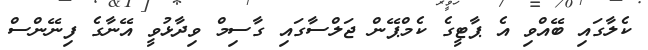
ކެލާގައި ބޭއްވި އެ ޕާޓީގެ ކެމްޕޭން ޖަލްސާގައި ގާސިމް ވިދާޅުވީ އޭނާގެ ފިނޭންސް